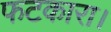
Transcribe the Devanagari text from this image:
फटकारा।